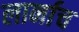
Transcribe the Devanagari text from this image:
लार्नाच